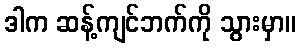
ဒါက ဆန့်ကျင်ဘက်ကို သွားမှာ။